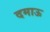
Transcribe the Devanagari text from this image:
दमाऊ